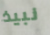
نبيذ